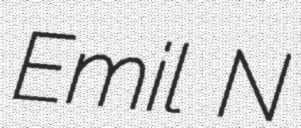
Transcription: Emil N